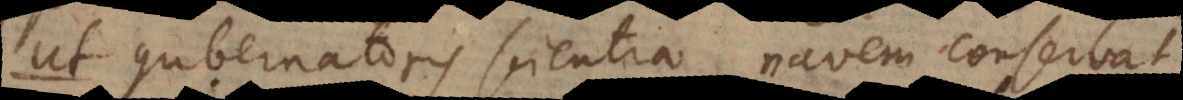
t gubernatoris scientia navem conservat,